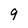
Character: 9